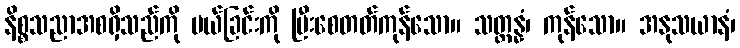
နိစ္စသညာအစရှိသည်ကို ပယ်ခြင်းကို ပြီးစေတတ်ကုန်သော။ သတ္တန္နံ၊ ကုန်သော။ အနုသယာနံ၊